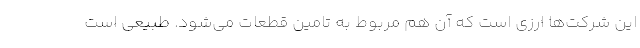
این شرکت‌ها ارزی است که آن هم مربوط به تامین قطعات می‌شود. طبیعی است